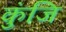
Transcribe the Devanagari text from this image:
कुंजि